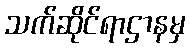
သက်ဆိုင်ရာဌာနမှ